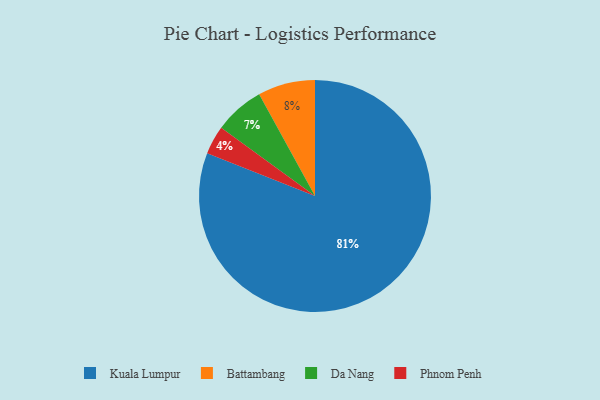
{"axis": {"x": "Category", "y": "Percentage"}, "legend": ["Battambang", "Da Nang", "Kuala Lumpur", "Phnom Penh"], "data": [{"x": "Battambang", "y": 8, "type": "Battambang"}, {"x": "Phnom Penh", "y": 4, "type": "Phnom Penh"}, {"x": "Da Nang", "y": 7, "type": "Da Nang"}, {"x": "Kuala Lumpur", "y": 81, "type": "Kuala Lumpur"}]}